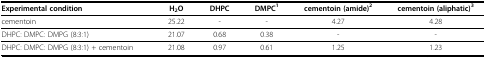
<table><thead><tr><td><b>Experimental condition</b></td><td><b>H<sub>2</sub>O</b></td><td><b>DHPC</b></td><td><b>DMPC<sup>1</sup></b></td><td><b>cementoin (amide)<sup>2</sup></b></td><td><b>cementoin (aliphatic)<sup>3</sup></b></td></tr></thead><tbody><tr><td>cementoin</td><td>25.22</td><td>-</td><td>-</td><td>4.27</td><td>4.28</td></tr><tr><td>DHPC: DMPC: DMPG (8:3:1)</td><td>21.07</td><td>0.68</td><td>0.38</td><td>-</td><td>-</td></tr><tr><td>DHPC: DMPC: DMPG (8:3:1) + cementoin</td><td>21.08</td><td>0.97</td><td>0.61</td><td>1.25</td><td>1.23</td></tr></tbody></table>